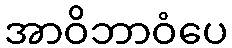
အာဝိဘာဝံပေ